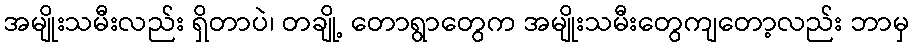
အမျိုးသမီးလည်း ရှိတာပဲ၊ တချို့ တောရွာတွေက အမျိုးသမီးတွေကျတော့လည်း ဘာမှ